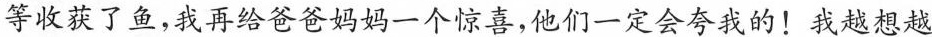
等收获了鱼，我再给爸爸妈妈一个惊喜，他们一定会夸我的！ 我越想越